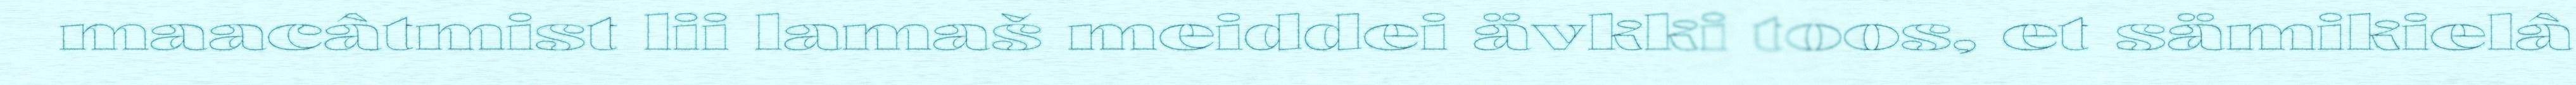
maacâtmist lii lamaš meiddei ävkki toos, et sämikielâ